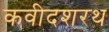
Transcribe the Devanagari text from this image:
कवीदशरथ